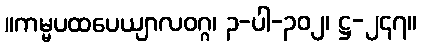
။ကမ္မပထပေယျာလဝဂ္ဂ၊ ၃-ပါ-၃၀၂၊ ဋ္ဌ-၂၄၇။